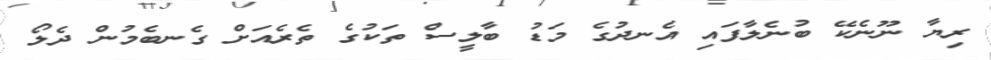
ރިޔާ ނޫނެކޭ ބުނެލާފައި އެނދުގެ މަޑު ބާލީސް ތަކުގެ ތެރެއަށް ގެނބެމުން ދެލޯ